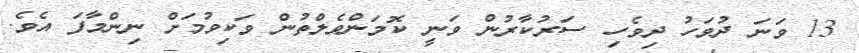
13 ވަނަ ދުވަހު ދިވެހި ސަރުކާރުން ވަނީ ކޮމަންވެލްތުން ވަކިވުމަށް ނިންމާފަ އެވެ.